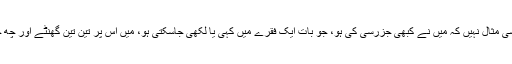
'الفاظوں' کے معاملے میں کوئی ایسی مثال نہیں کہ میں نے کبھی جزرسی کی ہو، جو بات ایک فقرے میں کہی یا لکھی جاسکتی ہو، میں اس پر تین تین گھنٹے اور چھ چھ دستے کاغذوں کے لگا دیتا ہوں۔